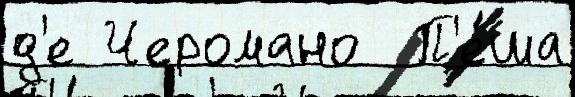
д'е Черомано  П'е́ша